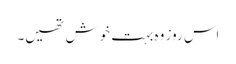
اس روز وہ بہت خوش تھیں۔